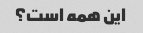
این همه است؟